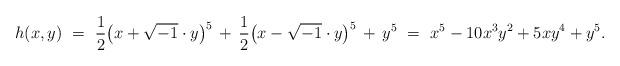
LaTeX: \begin{align*} h(x,y) \,\, = \,\,\frac{1}{2} \bigl(x+\sqrt{-1}\cdot y \bigr)^5 \, + \,\frac{1}{2} \bigl(x-\sqrt{-1} \cdot y \bigr)^5 \, + \, y^5 \,\,= \, \, x^5 - 10 x^3 y^2 + 5 x y^4 + y^5. \end{align*}